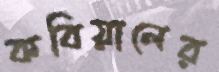
কবিয়ালের